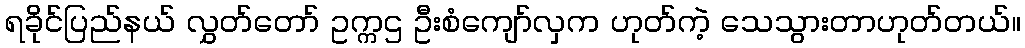
ရခိုင်ပြည်နယ် လွှတ်တော် ဥက္ကဌ ဦးစံကျော်လှက ဟုတ်ကဲ့ သေသွားတာဟုတ်တယ်။